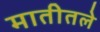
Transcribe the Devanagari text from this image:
मातीतले